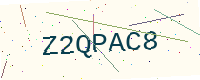
Text: Z2QPAC8